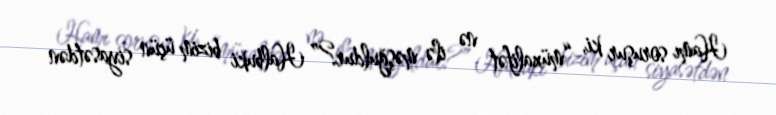
Hamı soruşur ki, “müxalifət nə ilə məşğuldur?” Halbuki bizim üçün siyasətdən